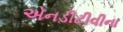
એનડીટીવીના